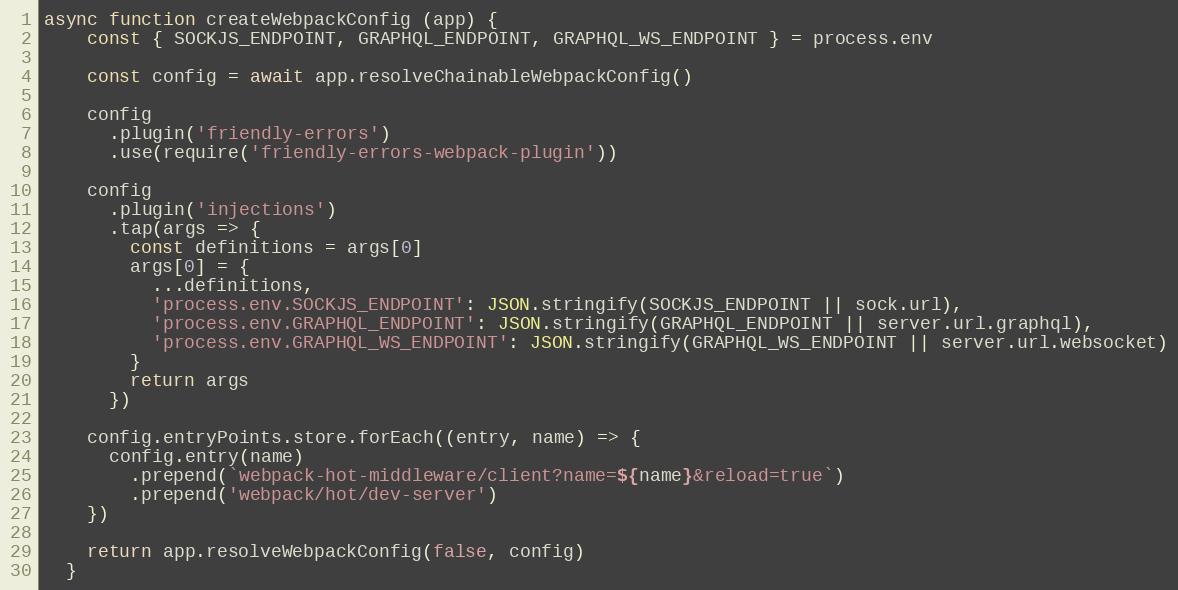
Language: JavaScript
async function createWebpackConfig (app) {
    const { SOCKJS_ENDPOINT, GRAPHQL_ENDPOINT, GRAPHQL_WS_ENDPOINT } = process.env

    const config = await app.resolveChainableWebpackConfig()

    config
      .plugin('friendly-errors')
      .use(require('friendly-errors-webpack-plugin'))

    config
      .plugin('injections')
      .tap(args => {
        const definitions = args[0]
        args[0] = {
          ...definitions,
          'process.env.SOCKJS_ENDPOINT': JSON.stringify(SOCKJS_ENDPOINT || sock.url),
          'process.env.GRAPHQL_ENDPOINT': JSON.stringify(GRAPHQL_ENDPOINT || server.url.graphql),
          'process.env.GRAPHQL_WS_ENDPOINT': JSON.stringify(GRAPHQL_WS_ENDPOINT || server.url.websocket)
        }
        return args
      })

    config.entryPoints.store.forEach((entry, name) => {
      config.entry(name)
        .prepend(`webpack-hot-middleware/client?name=${name}&reload=true`)
        .prepend('webpack/hot/dev-server')
    })

    return app.resolveWebpackConfig(false, config)
  }